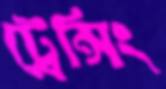
ট্রেন্সিং